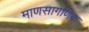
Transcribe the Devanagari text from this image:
माणसागणिक